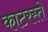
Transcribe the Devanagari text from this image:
काटरस्ते